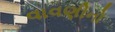
વાવણીનો